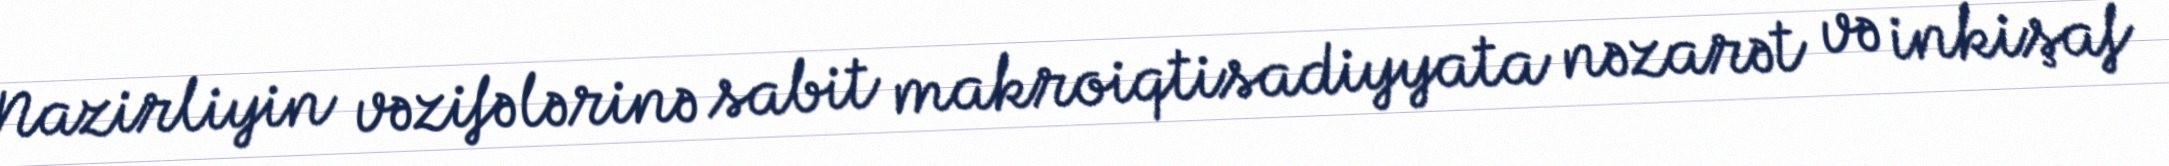
Nazirliyin vəzifələrinə sabit makroiqtisadiyyata nəzarət və inkişaf